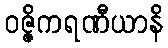
ဝဇ္ဇိကရဏီယာနိ